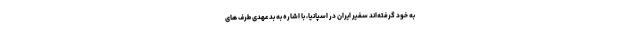
به خود گرفته‌اند سفیر ایران در اسپانیا، با اشاره به بدعهدی طرف های